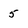
Character: 5